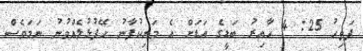
ފަތިހު 25: 4 ހާއިރު ބަޑީގެ އަޑަށް އެ މަނިކުފާނު ހޭފުޅުލެއްވުނު ނަމަވެސް